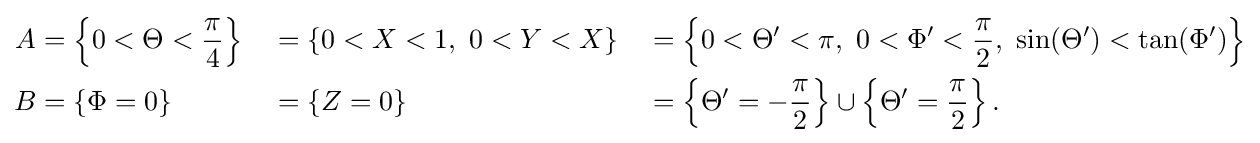
{\begin{aligned}A&=\left\{0<\Theta <{\frac {\pi }{4}}\right\}&&=\{0<X<1,\ 0<Y<X\}&&=\left\{0<\Theta '<\pi ,\ 0<\Phi '<{\frac {\pi }{2}},\ \sin(\Theta ')<\tan(\Phi ')\right\}\\B&=\{\Phi =0\}&&=\{Z=0\}&&=\left\{\Theta '=-{\frac {\pi }{2}}\right\}\cup \left\{\Theta '={\frac {\pi }{2}}\right\}.\end{aligned}}